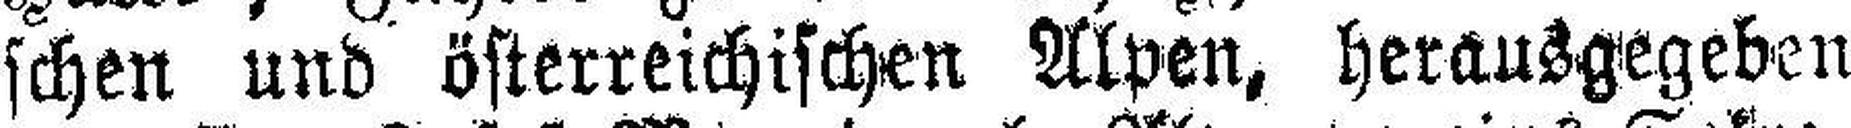
schen und österreichischen Alpen, herausgegeben